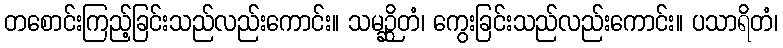
တစောင်းကြည့်ခြင်းသည်လည်းကောင်း။ သမဉ္ဆိတံ၊ ကွေးခြင်းသည်လည်းကောင်း။ ပသာရိတံ၊